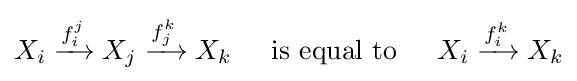
X_{i}\xrightarrow {f_{i}^{j}} X_{j}\xrightarrow {f_{j}^{k}} X_{k}\;\;\;\;{\text{ is equal to }}\;\;\;\;X_{i}\xrightarrow {f_{i}^{k}} X_{k}